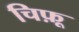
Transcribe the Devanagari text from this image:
चिफ़ू